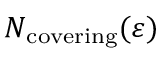
N _ { \mathrm { { c o v e r i n g } } } ( \varepsilon )